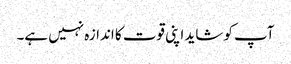
آپ کو شاید اپنی قوت کا اندازہ نہیں ہے۔